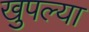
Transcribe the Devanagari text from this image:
खुपल्या